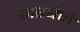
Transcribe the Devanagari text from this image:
जरबेने